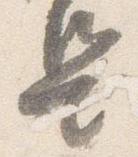
是